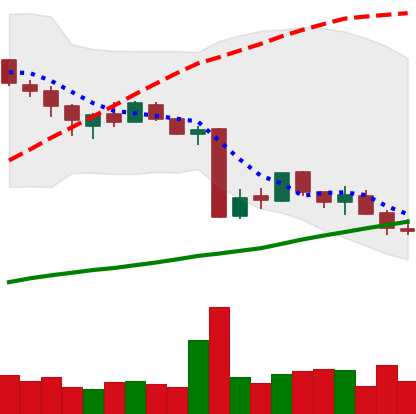
Ticker: BTC-USD
Chart end date: 2015-08-17
Forward return: -10.693%
Label: down_7plus